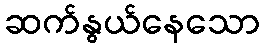
ဆက်နွယ်နေသော